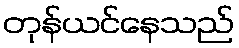
တုန်ယင်နေသည်